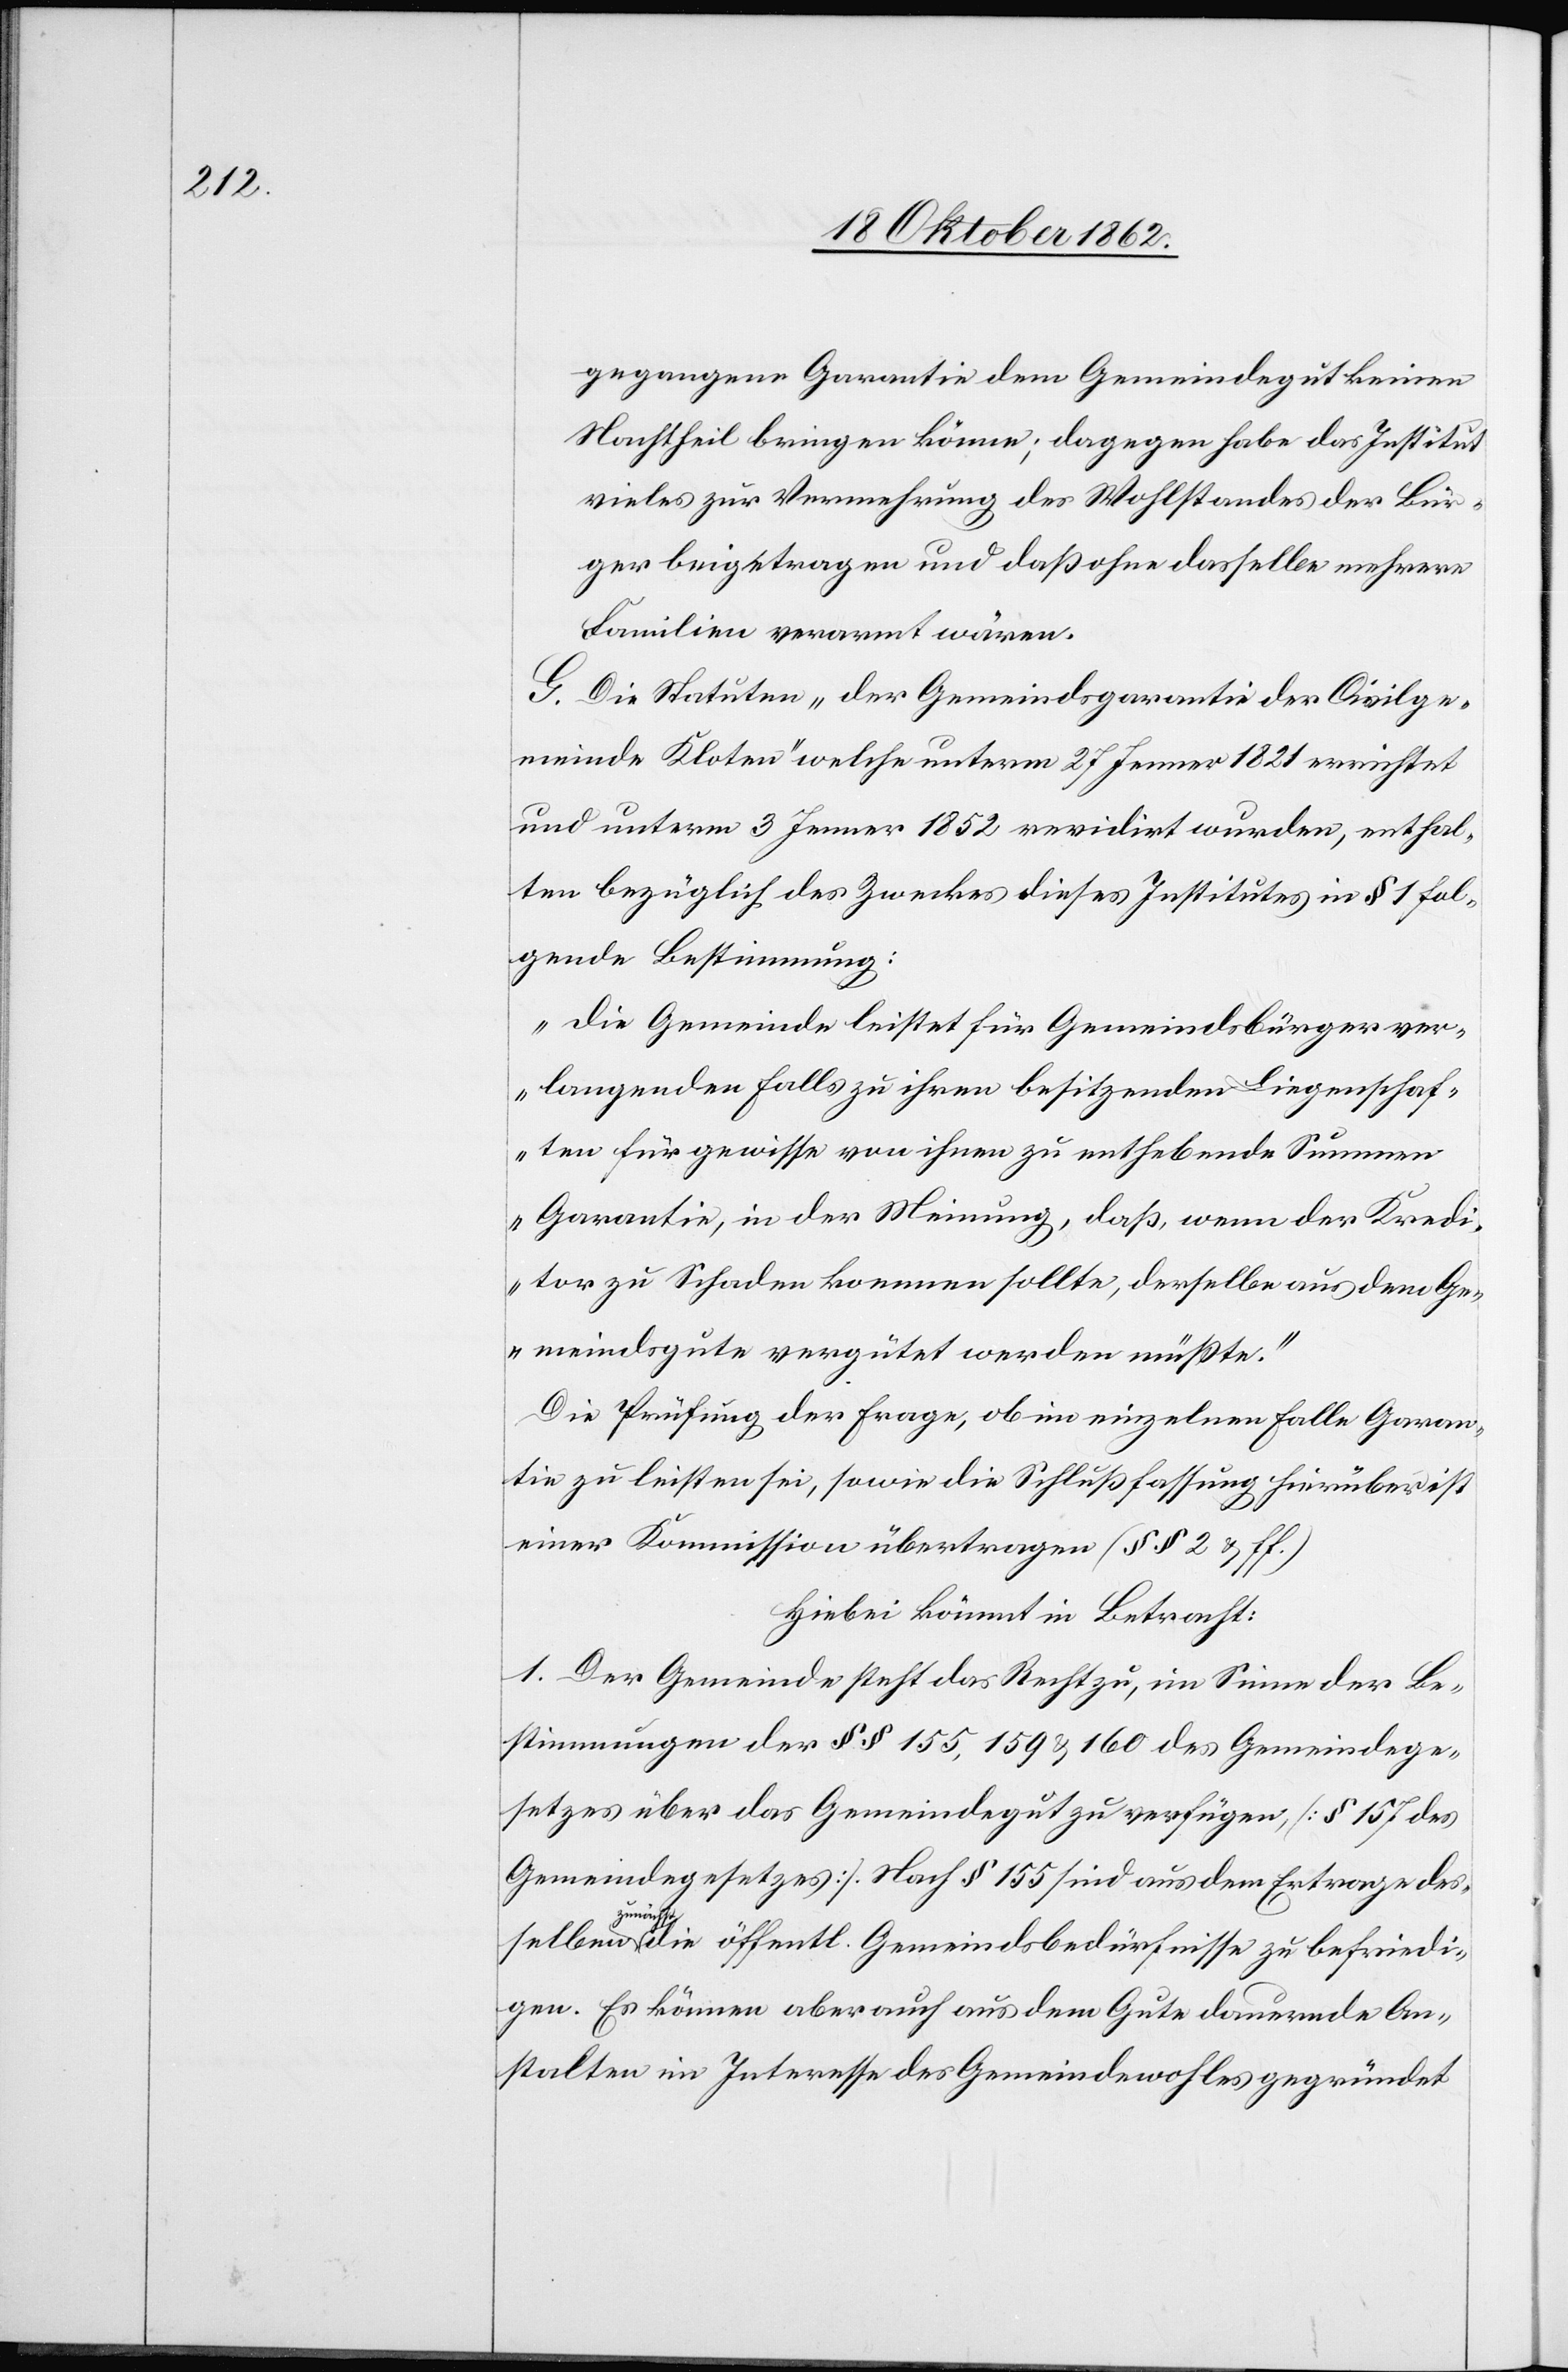
gegangene Garantie dem Gemeindegut keinen
Nachtheil bringen könne; dagegen habe das Institut
vieles zur Vermehrung des Wohlstandes der Bur¬
ger beigetragen und daß ohne dasselbe mehrere
Familien verarmt wären.
G. Die Statuten „der Gemeindsgarantie der Civilge¬
meinde Kloten“ welche unterm 27. Jenner 1821 errichtet
und unterm 3. Jenner 1852 revidirt wurden, enthal¬
ten bezüglich des Zweckes dieses Institutes in § 1 fol¬
gende Bestimmung:
„Die Gemeinde leistet für Gemeindsbürger ver¬
langenden Falls zu ihren besitzenden Liegenschaf¬
ten für gewisse von ihnen zu enthebende Summen
Garantie, in der Meinung, daß, wenn der Kredi¬
tor zu Schaden kommen sollte, derselbe aus dem Ge¬
meindsgute vergütet werden müßte.“
Die Prüfung der Frage, ob im einzelnen Falle Garan¬
tie zu leisten sei, sowie die Schlußfassung hierüber ist
einer Kommission übertragen (§§ 2 u. ff.)
Hiebei kömmt in Betracht:
1. Der Gemeinde steht das Recht zu, im Sinne der Be¬
stimmungen der §§ 155, 159 u. 160 des Gemeindege¬
setzes über das Gemeindegut zu verfügen, [§ 157 des
Gemeindegesetzes]. Nach § 155 sind aus dem Ertrage des¬
zunäch¬
st die öffentl. Gemeindsbedürfnisse zu befriedi¬
gen. Es können aber auch aus dem Gute dauernde An¬
stalten im Interesse des Gemeindewohles gegründet